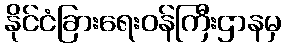
နိုင်ငံခြားရေးဝန်ကြီးဌာနမှ